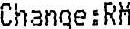
CHANGE:RM